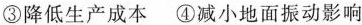
③降低生产成本 ④减小地面振动影响